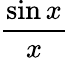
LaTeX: \frac{\sin x}{x}